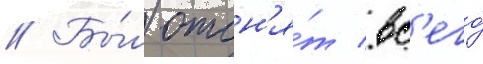
// Бы́л отсн'я́т вс'его́